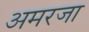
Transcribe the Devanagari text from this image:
अमरजा